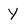
Character: Y